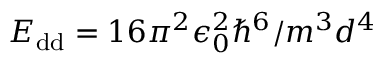
E _ { \mathrm { d d } } = 1 6 \pi ^ { 2 } \epsilon _ { 0 } ^ { 2 } \hbar ^ { 6 } / m ^ { 3 } d ^ { 4 }